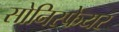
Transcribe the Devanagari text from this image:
सोनिस्फेयर